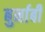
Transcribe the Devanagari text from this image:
बुर्नाबी